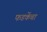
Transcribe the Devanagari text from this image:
फडकेंचा